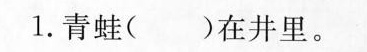
1.青蛙( )在井里。